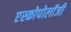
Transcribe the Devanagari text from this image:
एस्कोपोलॉजी